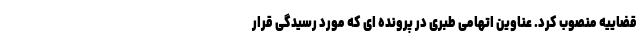
قضاییه منصوب کرد. عناوین اتهامی طبری در پرونده ای که مورد رسیدگی قرار